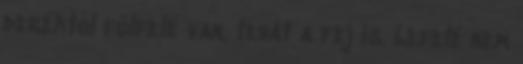
deréktól fölfelé van, tehát a fej is. Lefelé nem